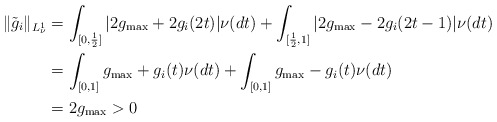
\begin{align*}\| \tilde{g}_i \|_{L_\nu^1}&=\int_{[0,\frac{1}{2}]} |2 g_{\max} + 2 g_i(2t)|\nu(dt) + \int_{[\frac{1}{2},1]} |2 g_{\max} - 2 g_i(2t-1)|\nu(dt) \\&= \int_{[0,1]} g_{\max} + g_i(t)\nu(dt) + \int_{[0,1]} g_{\max} - g_i(t)\nu(dt) \\&= 2 g_{\max} >0\end{align*}